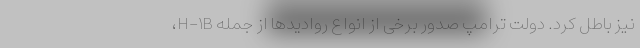
نیز باطل کرد. دولت ترامپ صدور برخی از انواع روادیدها از جمله H-۱B،